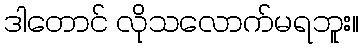
ဒါတောင် လိုသလောက်မရဘူး။